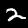
Digit: 2